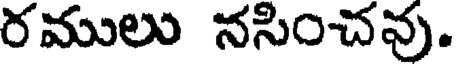
రములు నసించవు.